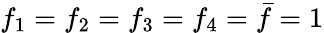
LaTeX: f_{1}=f_{2}=f_{3}=f_{4}=\bar{f}=1